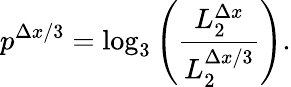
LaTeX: p^{\Delta x/3}=\log_{3}\left(\frac{L_{2}^{\Delta x}}{L_{2}^{\Delta x/3}}\right).